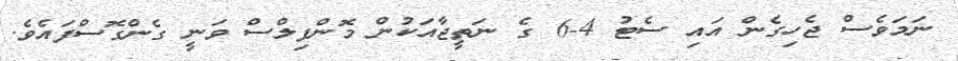
ނަމަވެސް ޖެހިގެން އައި ސެޓު 4-6 ގެ ނަތީޖާއަކުން މޮންފިލްސް ވަނީ ގެންގޮސްފައެވެ.